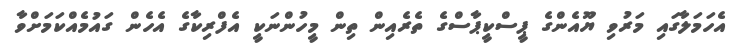
އެހަމަލާގައި މަރުވި ޔޫއެންގެ ޕީސްކީޕާސްގެ ތެރެއިން ތިން މީހުންނަކީ އެފްރިކާގެ އެހެން ގައުމެއްކަމަށްވާ